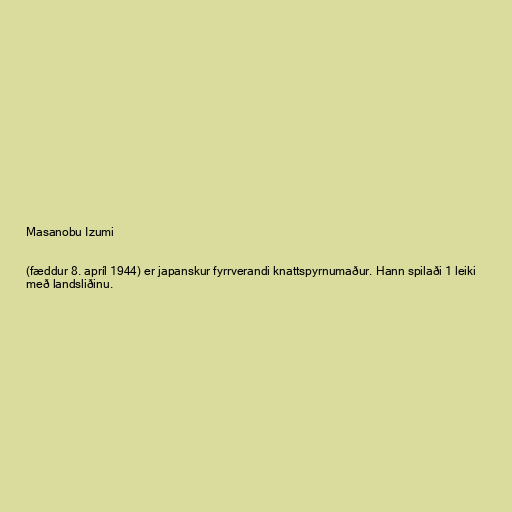
Masanobu Izumi

(fæddur 8. apríl 1944) er japanskur fyrrverandi knattspyrnumaður. Hann spilaði 1 leiki
með landsliðinu.